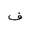
Letter: _fa